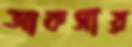
আকসায়